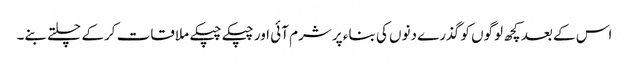
اس کے بعد کچھ لوگوں کو گذرے دنوں کی بناء پر شرم آئی اور چپکے چپکے ملاقات کرکے چلتے بنے۔